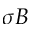
\sigma B